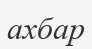
ахбар